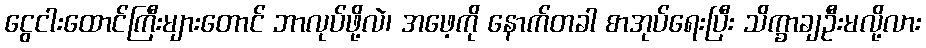
ငွေငါးထောင်ကြီးများတောင် ဘာလုပ်ဖို့လဲ၊ အဖေ့ကို နောက်တခါ စာအုပ်ရေးပြီး သိက္ခာချဦးမလို့လား